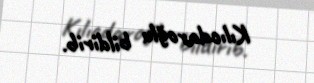
Kılıcdaroğlu bildirib.